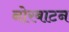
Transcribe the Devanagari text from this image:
नोरबाटन